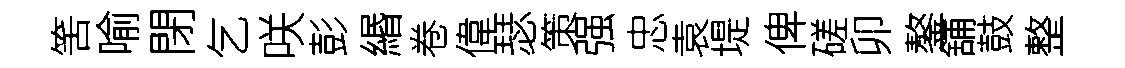
筈喻閉乞咲彭緡卷偉瑟策强忠袁堤俾磋卯鏊舖鼓整